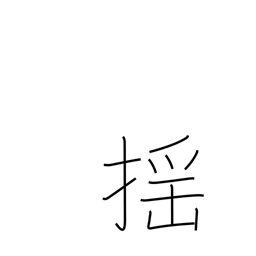
Meaning: tremble